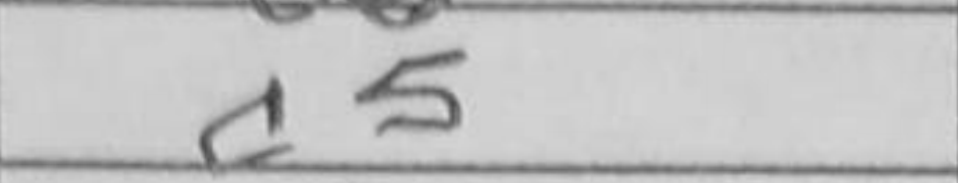
Transcription: c5